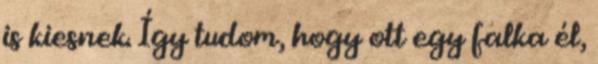
is kiesnek. Így tudom, hogy ott egy falka él,